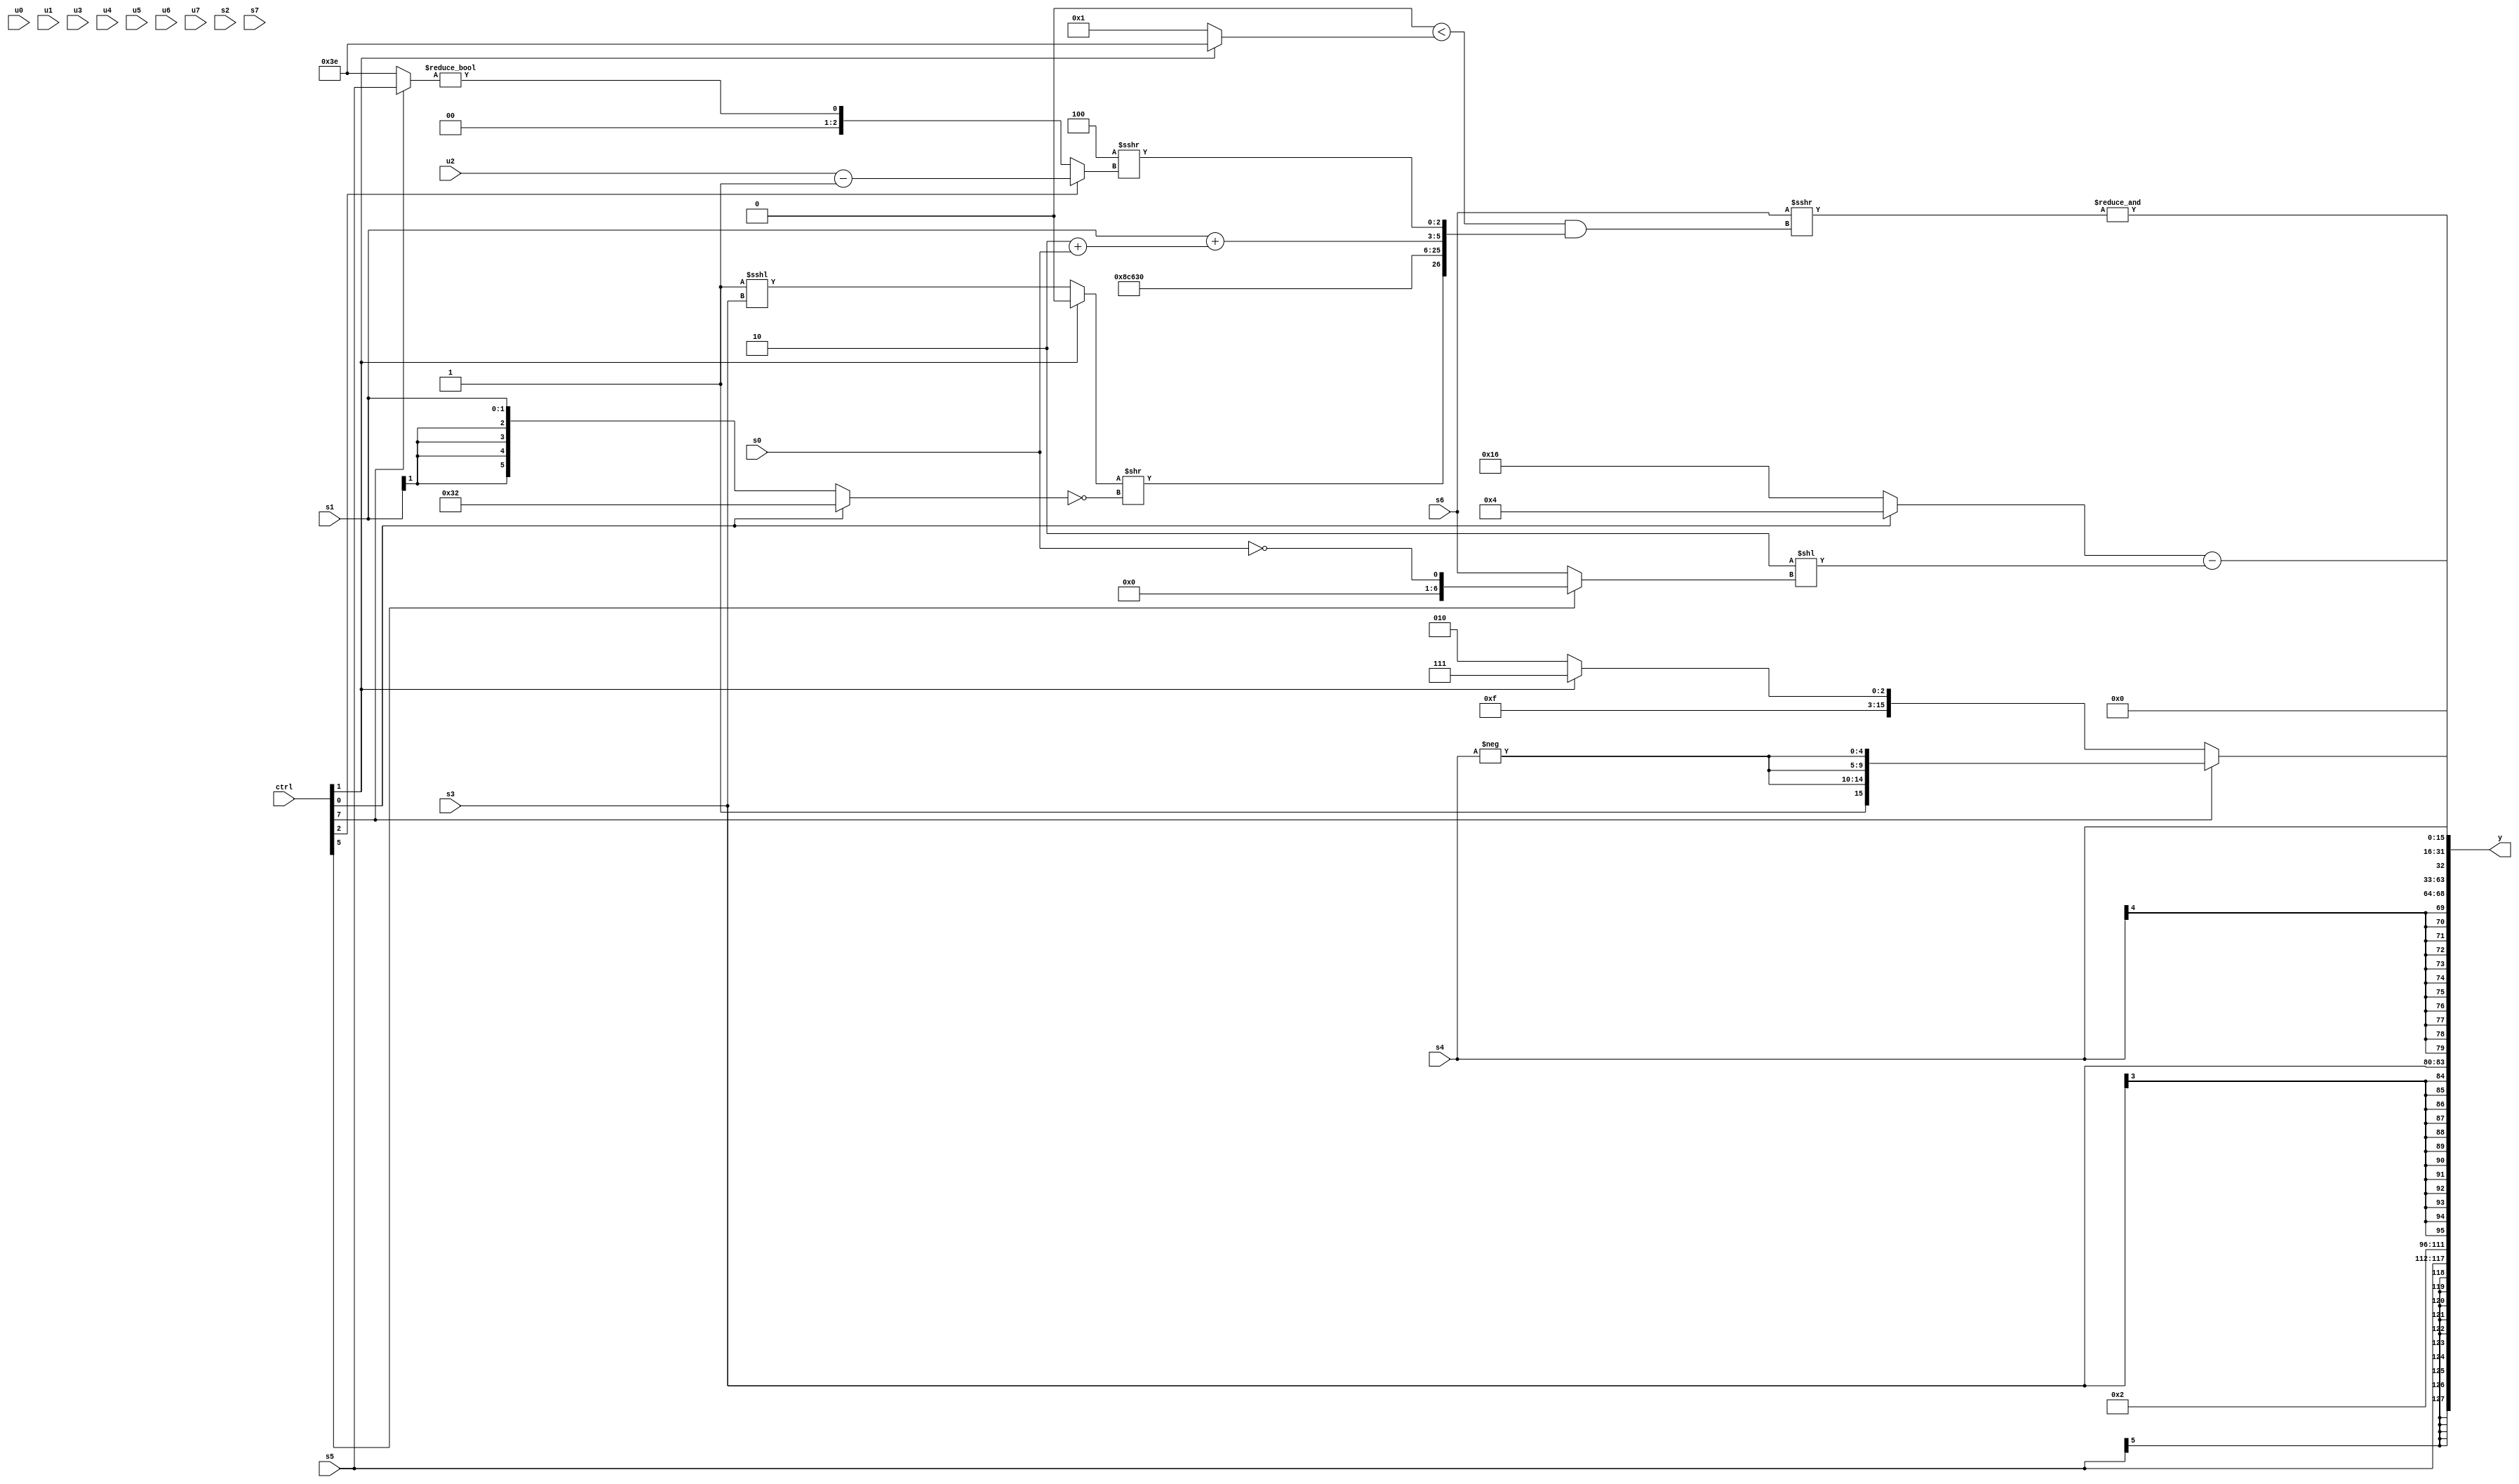
module wideexpr_00272(ctrl, u0, u1, u2, u3, u4, u5, u6, u7, s0, s1, s2, s3, s4, s5, s6, s7, y);
  input [7:0] ctrl;
  input [0:0] u0;
  input [1:0] u1;
  input [2:0] u2;
  input [3:0] u3;
  input [4:0] u4;
  input [5:0] u5;
  input [6:0] u6;
  input [7:0] u7;
  input signed [0:0] s0;
  input signed [1:0] s1;
  input signed [2:0] s2;
  input signed [3:0] s3;
  input signed [4:0] s4;
  input signed [5:0] s5;
  input signed [6:0] s6;
  input signed [7:0] s7;
  output [127:0] y;
  wire [15:0] y0;
  wire [15:0] y1;
  wire [15:0] y2;
  wire [15:0] y3;
  wire [15:0] y4;
  wire [15:0] y5;
  wire [15:0] y6;
  wire [15:0] y7;
  assign y = {y0,y1,y2,y3,y4,y5,y6,y7};
  assign y0 = $signed(s5);
  assign y1 = {5'sb00010};
  assign y2 = s3;
  assign y3 = s4;
  assign y4 = 1'sb0;
  assign y5 = &((s6)>>>(((3'sb000)<($unsigned((ctrl[1]?{1{6'b111110}}:3'b001))))&({((ctrl[1]?1'sb0:($signed(1'sb1))<<<(s3)))>>(~($signed((ctrl[0]?6'sb110010:s1)))),$signed((&(2'sb11))^($unsigned({4{5'sb10001}}))),(s1)+((($signed(3'sb110))>>(+(1'b0)))+($signed($signed(s0)))),(3'sb100)>>>((ctrl[2]?($signed(u2))-((s6)==(s6)):((ctrl[7]?s5:2'sb10))!=((3'sb101)>>(5'sb11111))))})));
  assign y6 = (ctrl[7]?{2{{$unsigned({s0,s3,s3,2'sb01}),{3{-(s4)}}}}}:$signed((ctrl[7]?s6:(ctrl[1]?(2'sb11)+(2'sb00):4'sb1010))));
  assign y7 = (+(+((ctrl[0]?(5'sb00100)>>(2'sb00):(6'sb001011)<<(2'b01)))))-((2'b10)<<($signed((ctrl[5]?(1'sb1)^(s0):$unsigned(s6)))));
endmodule